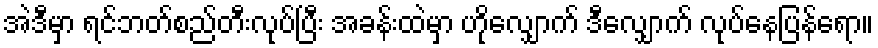
အဲဒီမှာ ရင်ဘတ်စည်တီးလုပ်ပြီး အခန်းထဲမှာ ဟိုလျှောက် ဒီလျှောက် လုပ်နေပြန်ရော။